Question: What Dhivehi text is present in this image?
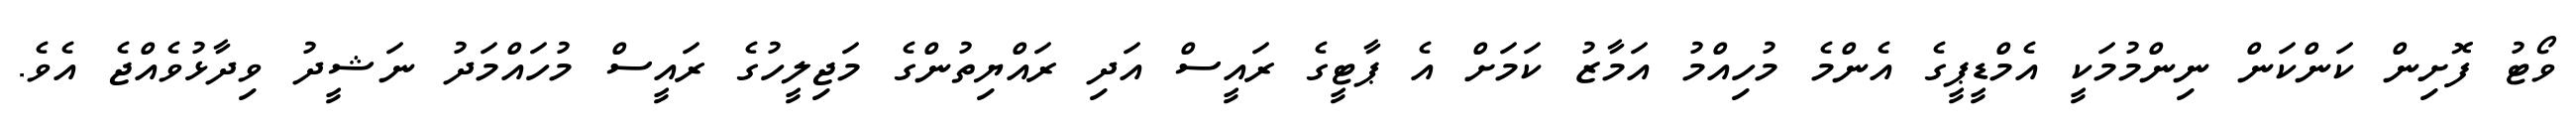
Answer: ވޯޓު ފޮށިން ކަންކަން ނިންމުމަކީ އެމްޑީޕީގެ އެންމެ މުހިއްމު އަމާޒު ކަމަށް އެ ޕާޓީގެ ރައީސް އަދި ރައްޔިތުންގެ މަޖިލީހުގެ ރައީސް މުހައްމަދު ނަޝީދު ވިދާޅުވެއްޖެ އެވެ.